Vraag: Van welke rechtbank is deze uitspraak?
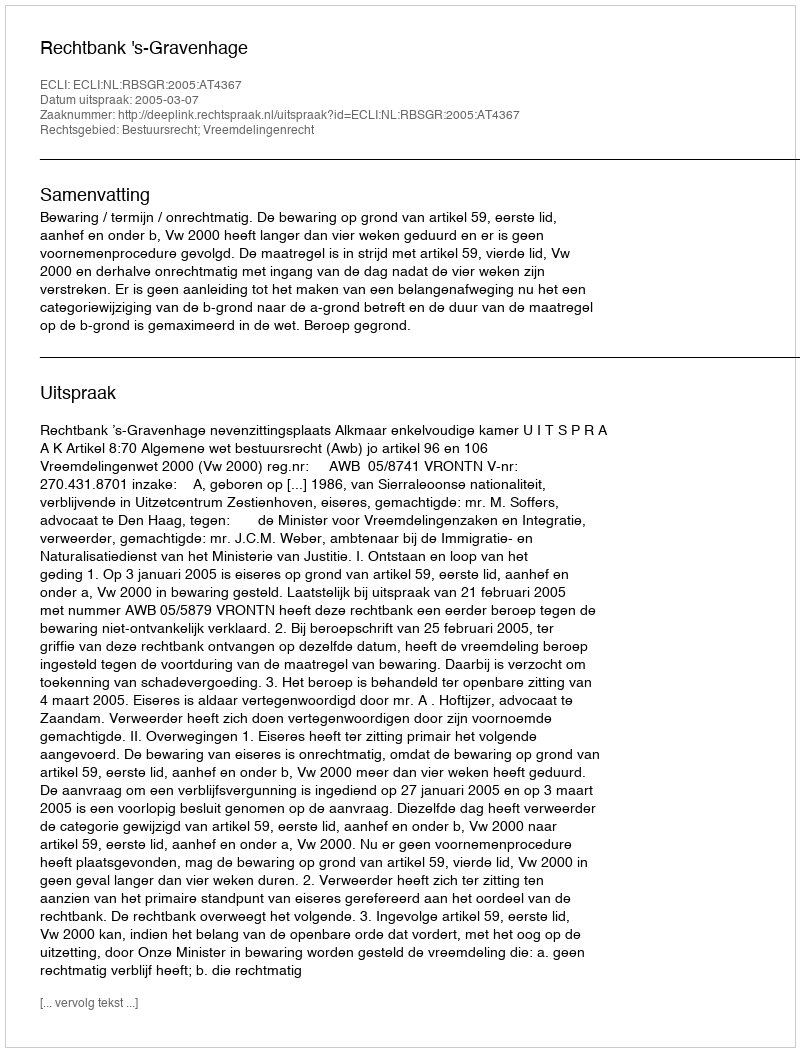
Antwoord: Rechtbank 's-Gravenhage